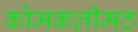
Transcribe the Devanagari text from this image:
कोमकलीमठ